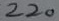
Text: 220